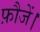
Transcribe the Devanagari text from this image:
फ़ौजें।